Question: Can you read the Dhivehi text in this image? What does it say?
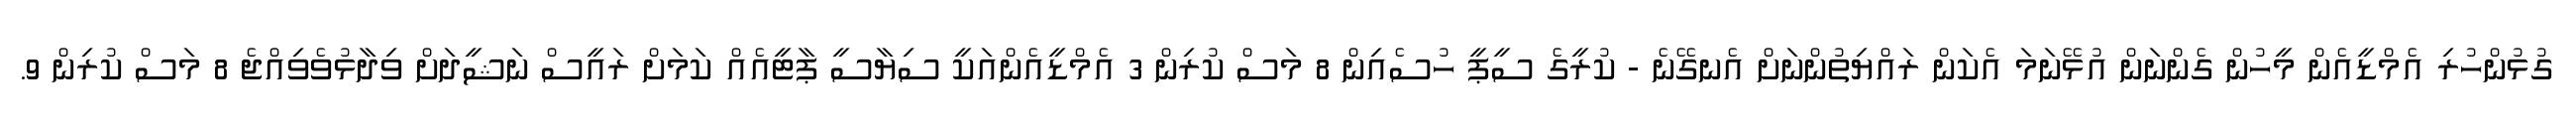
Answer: ގުޅުންހުރި އެމްޑީއެން މީހުން ގެންނަން އުޅޭނަމަ އެކަން ރައްޔިތުންނަށް އެނގޭނެ - ކުރީގެ ސީޕީ ހުސެއިން 8 މަސް ކުރިން 3 އެމްޑީއެންއަކީ ސިޔާސީ ޕާޓީއެއް ކަމަށް ރައީސް ނަޝީދަށް ވިދާޅުވެވިއްޖެ 8 މަސް ކުރިން 9.